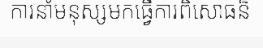
ការនាំមនុស្សមកធ្វើការពិសោធន៏